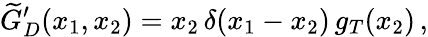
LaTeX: \widetilde{G}_{D}^{\prime}(x_{1},x_{2})=x_{2}\, \delta(x_{1}-x_{2})\, g_{T}(x_{2})\, ,